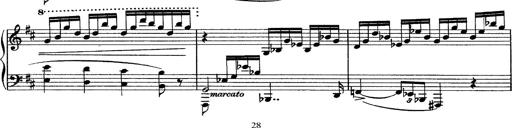
Title: Piano Sonata
Composer: Karl HÃ¤ssler
Key: C major